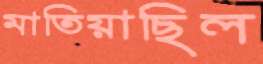
মাতিয়াছিল